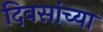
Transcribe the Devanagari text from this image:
दिवसांच्‍या